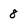
Character: 8